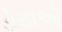
ડોસાઓ